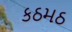
કઠમઠ